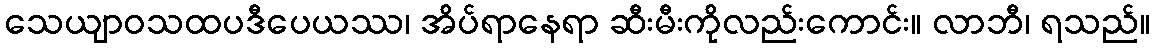
သေယျာဝသထပဒီပေယဿ၊ အိပ်ရာနေရာ ဆီးမီးကိုလည်းကောင်း။ လာဘီ၊ ရသည်။